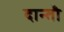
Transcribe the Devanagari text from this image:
दान्तौ